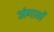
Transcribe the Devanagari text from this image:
अंगाठों